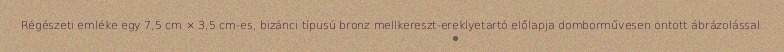
Régészeti emléke egy 7,5 cm × 3,5 cm-es, bizánci típusú bronz mellkereszt-ereklyetartó előlapja domborművesen öntött ábrázolással.